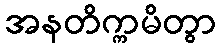
အနတိက္ကမိတွာ